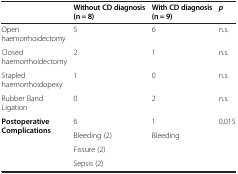
<table><thead><tr><td><b> </b></td><td><b>Without CD diagnosis (n = 8)</b></td><td><b>With CD diagnosis (n = 9)</b></td><td><b><i>p</i></b></td></tr></thead><tbody><tr><td>Open haemorrhoidectomy</td><td>5</td><td>6</td><td>n.s.</td></tr><tr><td>Closed haemorrhoidectomy</td><td>2</td><td>1</td><td>n.s.</td></tr><tr><td>Stapled haemorrhoidopexy</td><td>1</td><td>0</td><td>n.s.</td></tr><tr><td>Rubber Band Ligation</td><td>0</td><td>2</td><td>n.s.</td></tr><tr><td rowspan="3"><b>Postoperative Complications</b></td><td>6</td><td>1</td><td>0.015</td></tr><tr><td>Bleeding (2)</td><td>Bleeding</td><td> </td></tr><tr><td>Fissure (2)</td><td> </td><td> </td></tr><tr><td> </td><td>Sepsis (2)</td><td> </td><td> </td></tr></tbody></table>